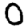
Digit: 0